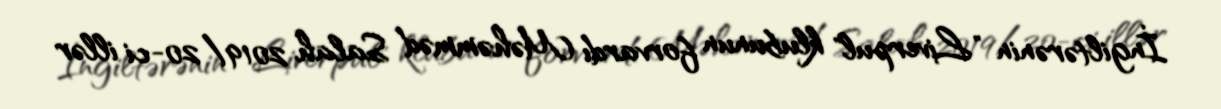
İngiltərənin "Liverpul" klubunun forvardı Məhəmməd Salah 2019/20-ci illər